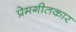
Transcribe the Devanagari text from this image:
प्रेमगीतकार